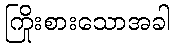
ကြိုးစားသောအခါ